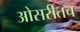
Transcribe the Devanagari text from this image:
ओसरीतच